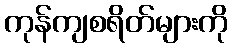
ကုန်ကျစရိတ်များကို